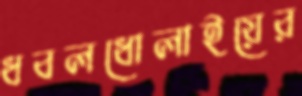
ধবলধোলাইয়ের